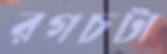
রগচটা